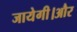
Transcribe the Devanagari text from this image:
जायेगी।और